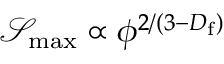
{ \mathcal { S } _ { \mathrm { m a x } } \propto \phi ^ { 2 / ( 3 - D _ { \mathrm { f } } ) } }